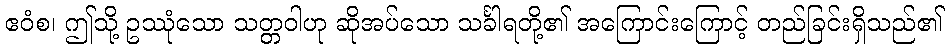
ဧဝံစ၊ ဤသို့ ဥဿုံသော သတ္တဝါဟု ဆိုအပ်သော သင်္ခါရတို့၏ အကြောင်းကြောင့် တည်ခြင်းရှိသည်၏